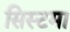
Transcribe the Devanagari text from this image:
सिस्टमा